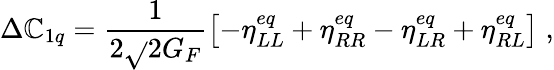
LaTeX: \Delta\mathbb{C}_{1q}=\frac{{1}}{{2\sqrt{}{{2}}G_{F}}}\left[-\eta_{LL}^{eq}+\eta_{RR}^{eq}-\eta_{LR}^{eq}+\eta_{RL}^{eq}\right]\; ,